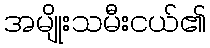
အမျိုးသမီးငယ်၏